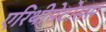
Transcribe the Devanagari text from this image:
एरिथीमेटोसस